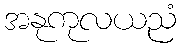
အနုကုလယညံ